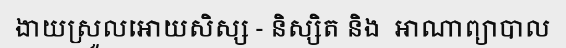
ងាយស្រួលអោយសិស្ស - និស្សិត និង  អាណាព្យាបាល